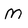
Character: m